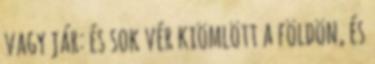
vagy jár: és sok vér kiömlött a földön, és